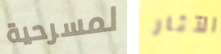
لمسرحية الآثار